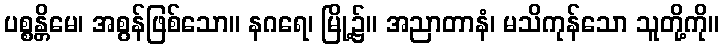
ပစ္စန္တိမေ၊ အစွန်ဖြစ်သော။ နဂရေ၊ မြို့၌။ အညာတာနံ၊ မသိကုန်သော သူတို့ကို။